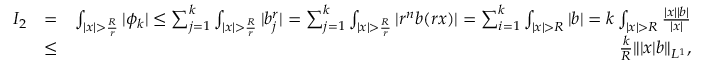
\begin{array} { r l r } { I _ { 2 } } & { = } & { \int _ { | x | > \frac { R } { r } } | \phi _ { k } | \leq \sum _ { j = 1 } ^ { k } \int _ { | x | > \frac { R } { r } } | b _ { j } ^ { r } | = \sum _ { j = 1 } ^ { k } \int _ { | x | > \frac { R } { r } } | r ^ { n } b ( r x ) | = \sum _ { i = 1 } ^ { k } \int _ { | x | > R } | b | = k \int _ { | x | > R } \frac { | x | | b | } { | x | } } \\ & { \leq } & { \frac { k } { R } \| | x | b \| _ { L ^ { 1 } } , } \end{array}